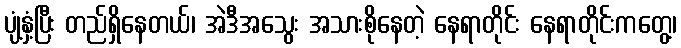
ပျံ့နှံ့ပြီး တည်ရှိနေတယ်၊ အဲဒီအသွေး အသားစိုနေတဲ့ နေရာတိုင်း နေရာတိုင်းကတွေ့၊